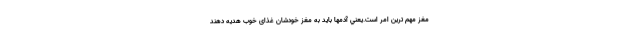
مغز مهم ترين امر است.يعني آدمها باید به مغز خودشان غذای خوب هدیه دهند